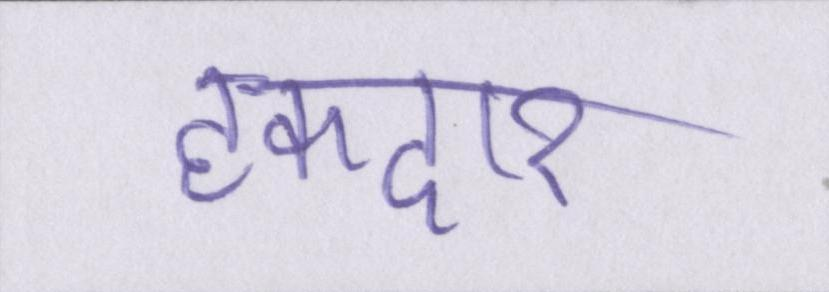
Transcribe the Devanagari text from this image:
हकदार